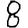
Digit: 8